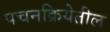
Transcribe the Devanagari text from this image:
पचनक्रियेतील